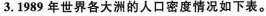
3.1989年世界各大洲的人口密度情况如下表。